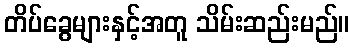
တိပ်ခွေများနှင့်အတူ သိမ်းဆည်းမည်။